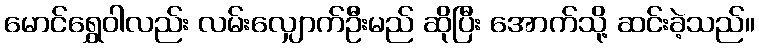
မောင်ရွှေဝါလည်း လမ်းလျှောက်ဦးမည် ဆိုပြီး အောက်သို့ ဆင်းခဲ့သည်။